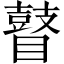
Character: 瞽